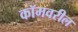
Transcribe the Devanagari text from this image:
कॉमवरील